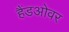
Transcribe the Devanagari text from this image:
हैंडओवर